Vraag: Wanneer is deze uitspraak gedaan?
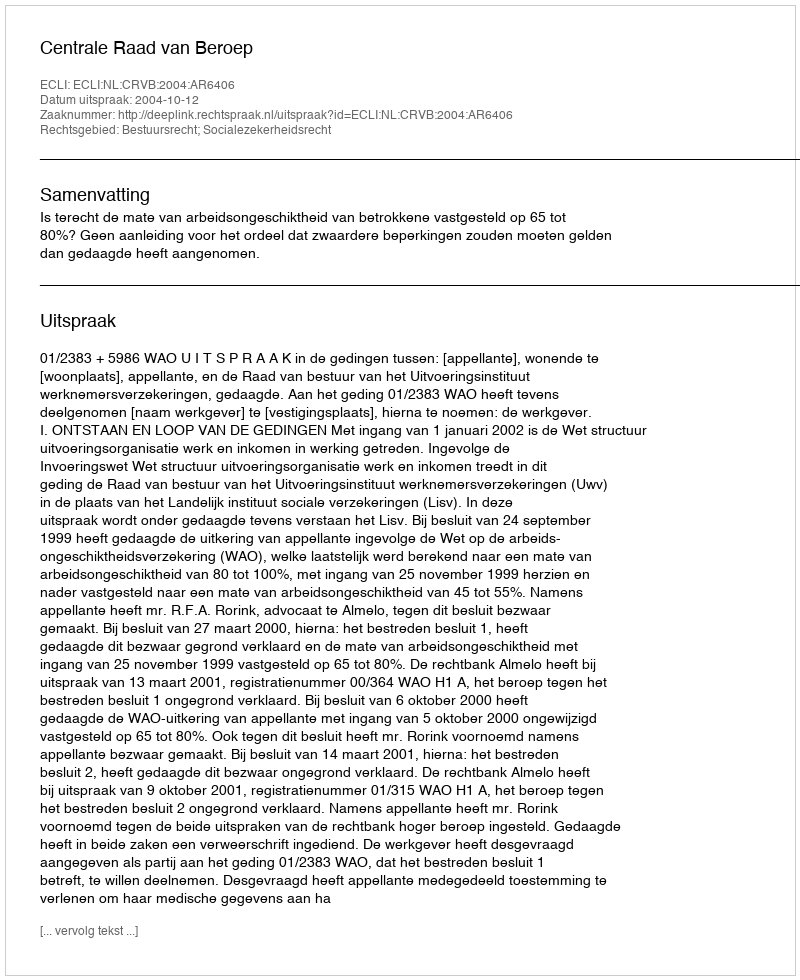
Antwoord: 2004-10-12